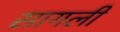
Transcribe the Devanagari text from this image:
सागली